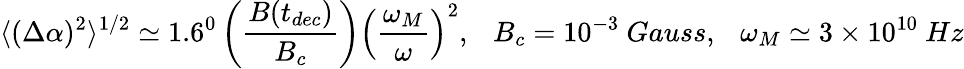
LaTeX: \langle(\Delta\alpha)^{2}\rangle^{1/2}\simeq 1.6^{0}\left(\frac{B(t_{dec})}{B_{c}}\right)\left(\frac{\omega_{M}}{\omega}\right)^{2},~~~B_{c}=10^{-3}~Gauss,~~~\omega_{M}\simeq 3\times 10^{10}~Hz